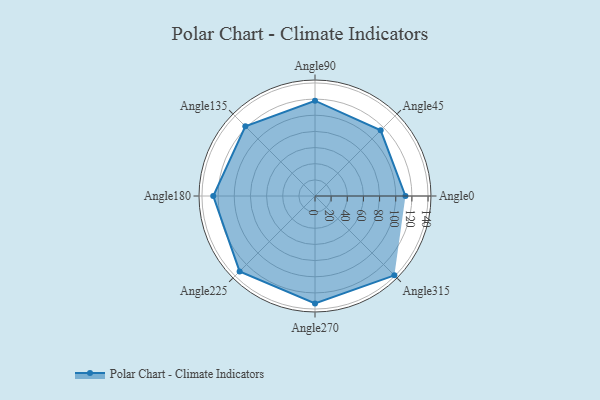
{"axis": {"x": "Angle", "y": "Radius"}, "legend": [""], "data": [{"x": "Angle0", "y": 112.0, "type": ""}, {"x": "Angle45", "y": 115.0, "type": ""}, {"x": "Angle90", "y": 118.0, "type": ""}, {"x": "Angle135", "y": 122.0, "type": ""}, {"x": "Angle180", "y": 126.0, "type": ""}, {"x": "Angle225", "y": 132.0, "type": ""}, {"x": "Angle270", "y": 133.0, "type": ""}, {"x": "Angle315", "y": 139.0, "type": ""}]}